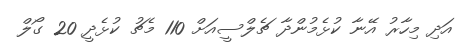
އަދި މިހާރު އޭނާ ކުޅެމުންދާ ޗެލްސީއަށް 110 މެޗު ކުޅެދީ 20 ގޯލް